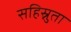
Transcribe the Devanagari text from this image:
सहिस्नुता